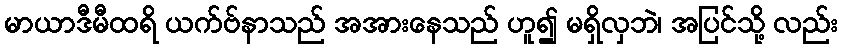
မာယာဒီမီထရိ ယက်ဗ်နာသည် အအားနေသည် ဟူ၍ မရှိလှဘဲ၊ အပြင်သို့ လည်း